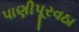
પાણીપૂરવઠા